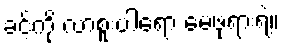
ခင့်ကို လာစူးပါရော မေဖုရားရဲ့။